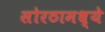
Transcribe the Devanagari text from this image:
सोरठामध्ये